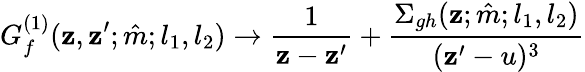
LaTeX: G_{f}^{(1)}(\mathbf{z},\mathbf{z}^{\prime};\hat{{m}};l_{1},l_{2})\to\frac{{1}}{{\mathbf{z}-\mathbf{z}^{\prime}}}+\frac{{\Sigma_{gh}(\mathbf{z};\hat{{m}};l_{1},l_{2})}}{{(\mathbf{z}^{\prime}-u)^{3}}}